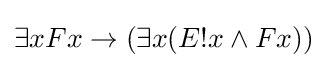
\exists xFx\rightarrow (\exists x(E!x\land Fx))